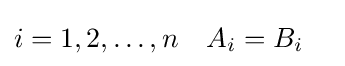
i=1,2,\ldots ,n\quad A_{i}=B_{i}\quad